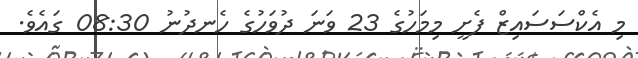
މި އެކްސަސައިޒް ފެށީ މިމަހުގެ 23 ވަނަ ދުވަހުގެ ހެނދުނު 08:30 ގައެވެ.